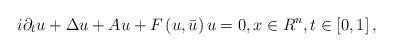
LaTeX: \begin{align*}i\partial _{t}u+\Delta u+Au+F\left( u,\bar{u}\right) u=0,x\in R^{n},t\in \left[ 0,1\right] , \end{align*}